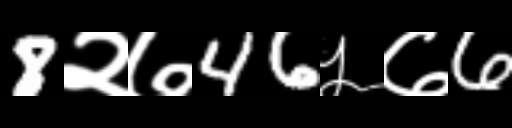
Text: 8२७46५७6